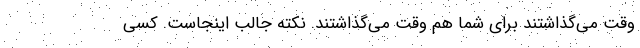
وقت می‌گذاشتند برای شما هم وقت می‌گذاشتند. نکته جالب اینجاست. کسی